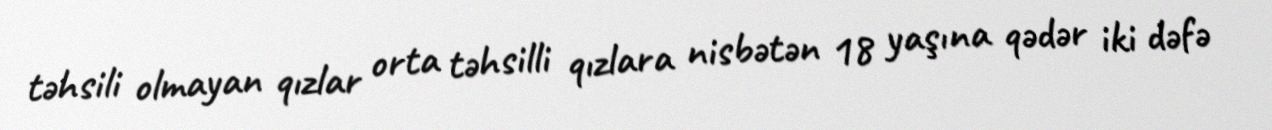
təhsili olmayan qızlar orta təhsilli qızlara nisbətən 18 yaşına qədər iki dəfə